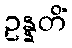
ဥန္နတိံ